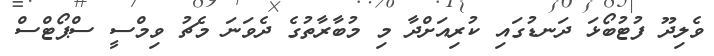
ވެލިދޫ ފުޓުބޯޅަ ދަނޑުގައި ކުރިއަށްދާ މި މުބާރާތުގެ ދެވަނަ މެޗު ވިމްސީ ސްޕޯޓްސް